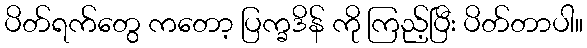
ပိတ်ရက်တွေ ကတော့ ပြက္ခဒိန် ကို ကြည့်ပြီး ပိတ်တာပါ။